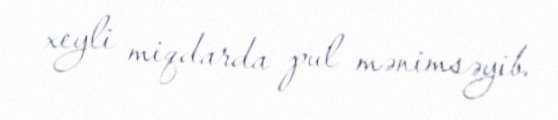
xeyli miqdarda pul mənimsəyib.